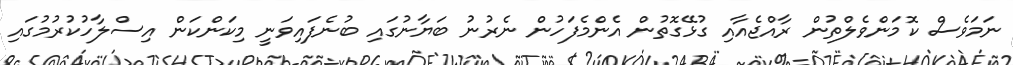
ނަމަވެސް ކޮމަންވެލްތުން ރާއްޖެއާއި ގުޅޭގޮތުން އެންމެފަހުން ނެރުނު ބަޔާނުގައި ބުނެފައިވަނީ މިކަންކަން އިސްލާހުކުރުމުގައި